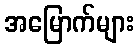
အမြောက်များ